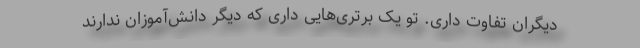
دیگران تفاوت داری. تو یک برتری‌هایی‌ داری که دیگر دانش‌آموزان ندارند